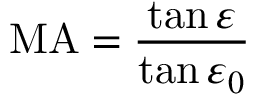
\mathrm { M A } = { \frac { \tan \varepsilon } { \tan \varepsilon _ { 0 } } }